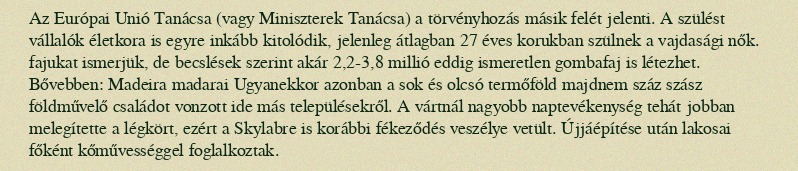
Az Európai Unió Tanácsa (vagy Miniszterek Tanácsa) a törvényhozás másik felét jelenti. A szülést vállalók életkora is egyre inkább kitolódik, jelenleg átlagban 27 éves korukban szülnek a vajdasági nők. fajukat ismerjük, de becslések szerint akár 2,2-3,8 millió eddig ismeretlen gombafaj is létezhet. Bővebben: Madeira madarai Ugyanekkor azonban a sok és olcsó termőföld majdnem száz szász földművelő családot vonzott ide más településekről. A vártnál nagyobb naptevékenység tehát jobban melegítette a légkört, ezért a Skylabre is korábbi fékeződés veszélye vetült. Újjáépítése után lakosai főként kőművességgel foglalkoztak.